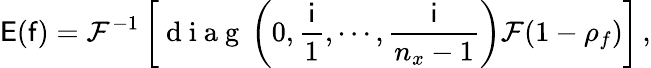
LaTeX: \mathsf{E}(\mathsf{f})=\mathcal{F}^{-1}\left[\mathrm{~d~i~a~g~}\left(0,\frac{\mathsf{i}}{1},\cdots,\frac{\mathsf{i}}{n_{x}-1}\right)\mathcal{F}(1-\rho_{f})\right]\, ,